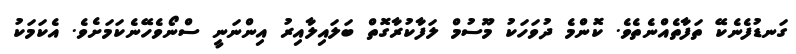
ގަނޑުފެނެކޭ ތަފާތެއްނެތެވެ. ކޮންމެ ދުވަހަކު މޫސުމް ލަފާކުރާގޮތް ބަލައިލާއިރު އިންނަނީ ސްނޯވެހޭނެކަމަށެވެ. އެކަމަކު